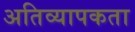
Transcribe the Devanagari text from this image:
अतिव्यापकता